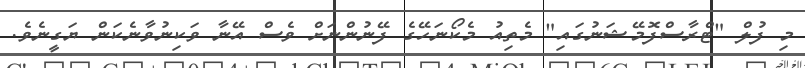
މި ފުލް "ޓްރާސްފޮމޭޝަނުގައި" މެތިއު މެކޯނަހޭގެ ފޭނުންނަށް ވެސް އޭނާ ވަކިނުވާނެކަން ޔަގީނެވެ.